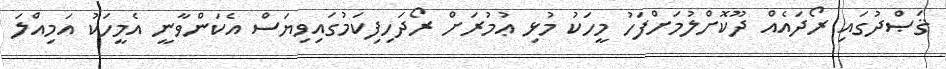
ޤަޞްދުގައި ރޯދައެއް ދޫކޮށްލުމަށްފަހު މީހަކު މުޅި ޢުމުރަށް ރޯދަހިފިކަމުގައިވިޔަސް އެކަންވާނީ އެމީހަކު އަމިއްލަ